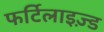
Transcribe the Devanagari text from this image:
फर्टिलाइज़्ड